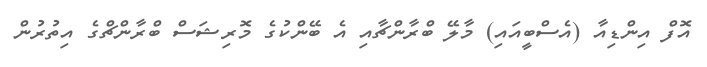
އޮފް އިންޑިއާ (އެސްބީއައި) މާލޭ ބްރާންޗާއި އެ ބޭންކުގެ މޮރިޝަސް ބްރާންޗްގެ އިތުރުން